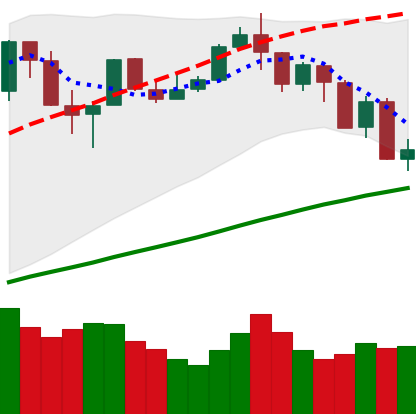
Ticker: BTC-USD
Chart end date: 2019-07-17
Forward return: 6.698%
Label: up_5_7